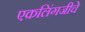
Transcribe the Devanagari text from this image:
एकलिंगजीचे